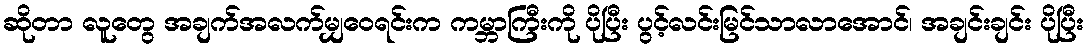
ဆိုတာ လူတွေ အချက်အလက်မျှဝေရင်းက ကမ္ဘာကြီးကို ပိုပြီး ပွင့်လင်းမြင်သာလာအောင်၊ အချင်းချင်း ပိုပြီး